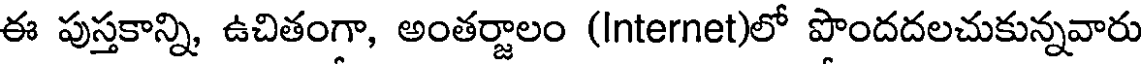
ఈ పుస్తకాన్ని, ఉచితంగా, అంతర్జాలం (Internet)లో పొందదలచుకున్నవారు